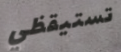
تستيقظي